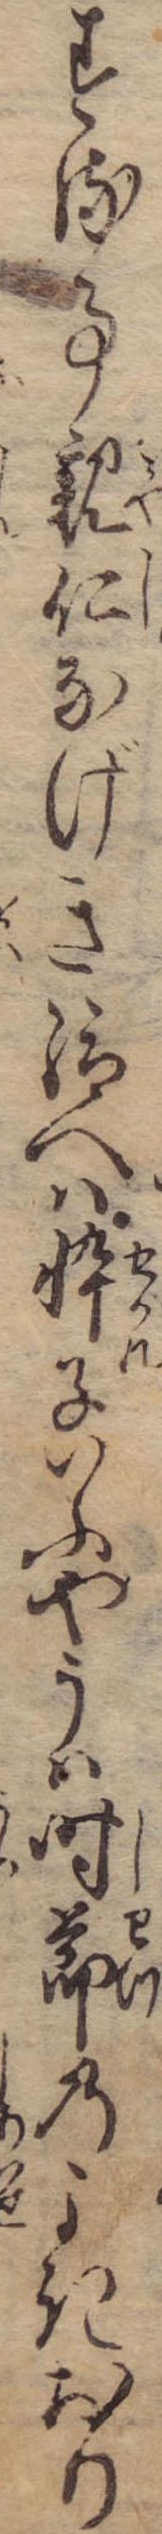
する事親仁なげき給へは忰子いふやうは時節のよきおり